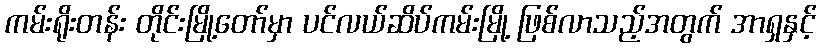
ကမ်းရိုးတန်း တိုင်းမြို့တော်မှာ ပင်လယ်ဆိပ်ကမ်းမြို့ ဖြစ်လာသည့်အတွက် အာရှနှင့်